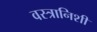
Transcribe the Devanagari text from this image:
वस्त्रानिशी